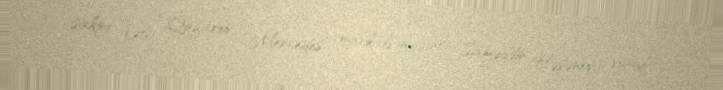
sakini Vəli Qafarov “Mercedes” markalı maşınla Saməddin Həsənovu vurub.